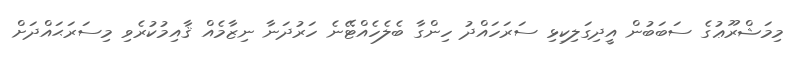
މިމަޝްރޫޢުގެ ސަބަބުން އީދިގަލިކިޅި ސަރަހައްދު ހިންގާ ބެލެހެއްޓޭނެ ހަރުދަނާ ނިޒާމެއް ޤާއިމުކުރެވި މިސަރަޙައްދަށް